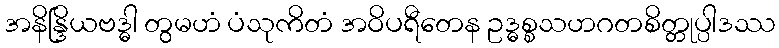
အနိန္ဒြိယဗဒ္ဓါ တွမဟံ ပံသုကိတံ အဝိပရီတေန ဥဒ္ဓစ္စသဟဂတစိတ္တုပ္ပါဒဿ